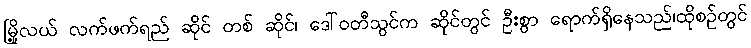
မြို့လယ် လက်ဖက်ရည် ဆိုင် တစ် ဆိုင်၊ ဒေါ်ဝတီသွင်က ဆိုင်တွင် ဦးစွာ ရောက်ရှိနေသည်၊ထိုစဉ်တွင်